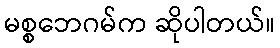
မစ္စဘေဂမ်က ဆိုပါတယ်။